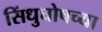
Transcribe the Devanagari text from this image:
सिंधुघोषच्या